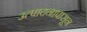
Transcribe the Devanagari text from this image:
उत्पादनापासून